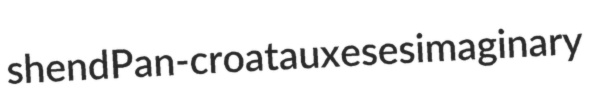
shend Pan-croat auxeses imaginary